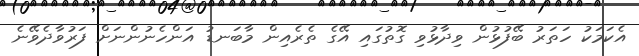
އެކަމަކު ހަތަރު ބޭފުޅުން ވިދާޅުވި ގޮތުގައި އޭގެ ތެރެއިން މާބަނޑު އަންހެނުންނަށް ފަރުވާދެވޭނެ